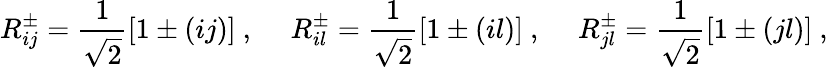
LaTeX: R_{ij}^{\pm}=\frac{1}{\sqrt{2}}[1\pm(ij)]~,~~~~~R_{il}^{\pm}=\frac{1}{\sqrt{2}}[1\pm(il)]~,~~~~~R_{jl}^{\pm}=\frac{1}{\sqrt{2}}[1\pm(jl)]~,